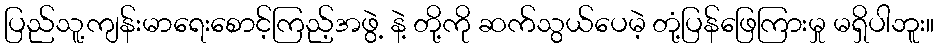
ပြည်သူ့ကျန်းမာရေးစောင့်ကြည့်အဖွဲ့ နဲ့ တို့ကို ဆက်သွယ်ပေမဲ့ တုံ့ပြန်ဖြေကြားမှု မရှိပါဘူး။